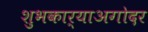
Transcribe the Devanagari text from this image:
शुभकार्याअगोदर